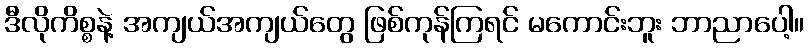
ဒီလိုကိစ္စနဲ့ အကျယ်အကျယ်တွေ ဖြစ်ကုန်ကြရင် မကောင်းဘူး ဘာညာပေါ့။